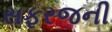
સફરજની